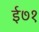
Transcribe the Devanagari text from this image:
ई७१